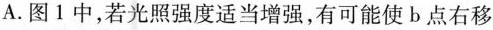
A.图1中，若光照强度适当增强，有可能使b点右移